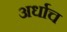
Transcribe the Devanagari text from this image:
अर्धाच